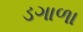
ડગાળા